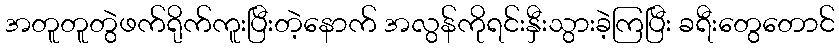
အတူတူတွဲဖက်ရိုက်ကူးပြီးတဲ့နောက် အလွန်ကိုရင်းနှီးသွားခဲ့ကြပြီး ခရီးတွေတောင်